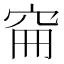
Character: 𥥚